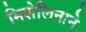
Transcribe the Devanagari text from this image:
मिशेलिनाने